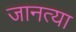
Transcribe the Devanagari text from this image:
जानत्या